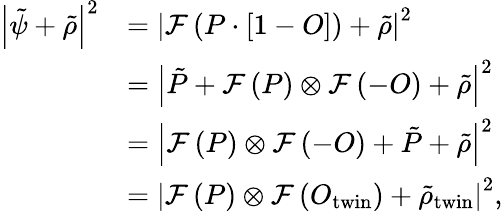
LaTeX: \begin{array}{rl}{\left|\tilde{\psi}+\tilde{\rho}\right|^{2}}&{=\left|\mathcal{F}\left(P\cdot\left[1-O\right]\right)+\tilde{\rho}\right|^{2}}\\ &{=\left|\tilde{P}+\mathcal{F}\left(P\right)\otimes\mathcal{F}\left(-O\right)+\tilde{\rho}\right|^{2}}\\ &{=\left|\mathcal{F}\left(P\right)\otimes\mathcal{F}\left(-O\right)+\tilde{P}+\tilde{\rho}\right|^{2}}\\ &{=\left|\mathcal{F}\left(P\right)\otimes\mathcal{F}\left(O_{\textrm{twin}}\right)+\tilde{\rho}_{\textrm{twin}}\right|^{2},}\end{array}